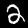
Label: 2